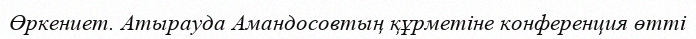
Өркениет. Атырауда Амандосовтың құрметіне конференция өтті